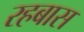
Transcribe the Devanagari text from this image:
रहबास